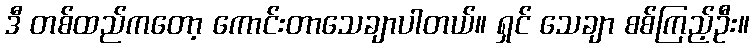
ဒီ တစ်ထည်ကတော့ ကောင်းတာသေချာပါတယ်။ ရှင် သေချာ စစ်ကြည့်ဦး။